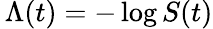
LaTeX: \, \Lambda(t)=-\log S(t)